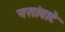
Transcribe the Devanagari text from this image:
नसांवाटे